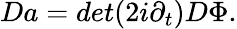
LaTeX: Da=det(2i\partial_{t})D\Phi.